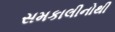
સમકાલીનોથી